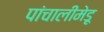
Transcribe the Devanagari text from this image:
पांचालीमेडू